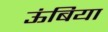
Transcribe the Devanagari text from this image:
ऊंबिया